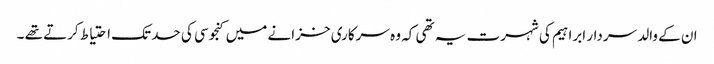
ان کے والد سردار ابراہیم کی شہرت یہ تھی کہ وہ سرکاری خزانے میں کنجوسی کی حد تک احتیاط کرتے تھے ۔